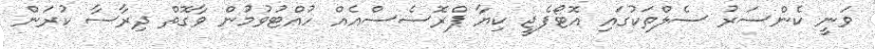
ވަނީ ކެންސަރު ސެލްތަކުގައި އޮޓޯފެޖީ ކިޔާ ޕްރޮސެސްއެއް ހުއްޓުވުމުން ވާގޮތް ދިރާސާ ކުރަން